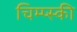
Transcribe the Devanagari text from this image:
चिम्प्स्की